Vaccination in Bombay 1913-1923 - 1913-1923
Year: 1913
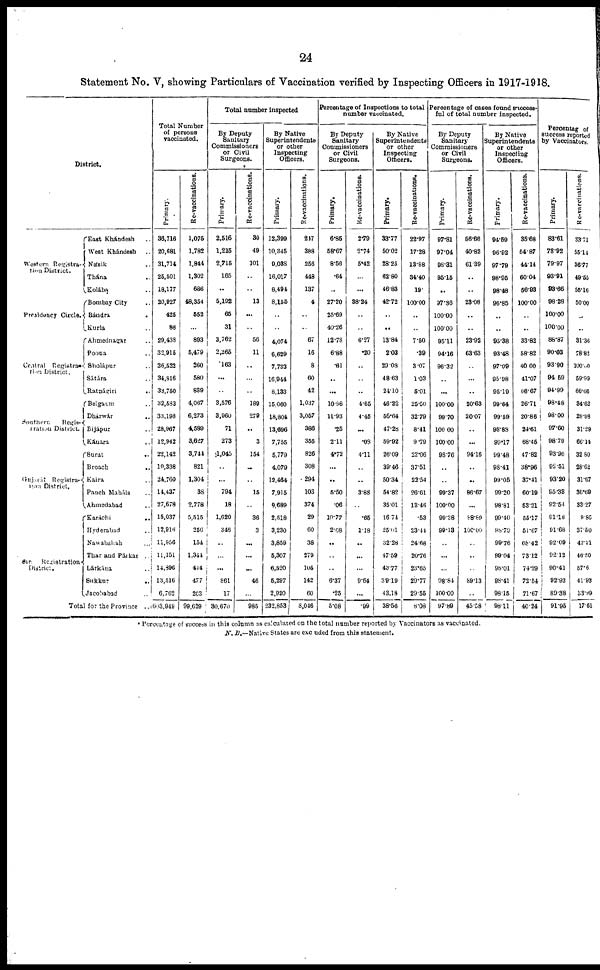
24
Statement No. V, showing Particulars of Vaccination verified by Inspecting Officers in 1917-1918.
District.
Western Registra¬
tion District.
Presidency Circle.
Central Registra¬
tion District.
Southern
Regis¬
tration District.
Gujarát Registra¬
tion
District.
Sind Registration
District.
East Khándesh ...
West Khándesh ...
Násik ..
Thána ..
Kolába ..
Bombay City ..
Bándra ..
Kurla ..
Ahmednagar ..
Poona ..
Sholápur ..
Sátára ..
Ratnágiri
..
Belgaum ..
Dhárwar
..
Bijápur ..
Kánara ..
Surat ..
Broach
..
Kaira ..
Panch Maháls
Ahmedabad ..
Karáchi ..
Hyderabad ..
Nawabshah ...
Thar and Párkar ..
Lárkána ..
Sukkur ..
Jacobabad ..
Total for the Province ..
Total Number
of persons
vaccinated.
Primary.
36,716
20,681
31,714
26,501
18,177
20,927
425
88
29,438
32,915
26,522
34,816
33,750
32,583
33,198
28,967
12,942
22,142
10,338
24,760
14,437
27,678
15,037
12,916
11,956
11,151
14,896
13,516
6,762
603,949
Re-vaccinations.
1,075
1,782
1,844
1,302
686
48,354
552
..
893
5,479
260
580
839
4,067
6,273
4,589
3,627
3,744
821
1,304
38
2,778
5,515
256
154
1,344
444
477
203
99,629
Total number inspected
By Deputy
Sanitary
Commissioners
or Civil
Surgeons.
Primary.
2,516
1,215
2,715
165
..
5,192
65
31
3,762
2,265
163
...
..
3,576
3,960
71
273
1,045
..
...
794
18
1,620
346
..
...
...
861
17
30,670
Re-vaccinations.
30
49
101
...
..
13
...
..
56
11
..
..
..
189
279
..
3
154
..
..
15
..
36
3
...
...
...
46
...
985
By Native
Superintendents
or other
Inspecting
Officers.
Primary.
12,399
10,345
9,038
16,017
8,494
8,155
..
..
4,074
6,629
7,733
16,944
8,133
15,060
18,804
13,696
7,755
5,779
4,079
12,464
7,915
9,689
2,518
3,230
3,859
5,307
6,520
5,297
2,920
232,853
Re-vaccinations.
247
388
256
448
137
4
..
..
67
16
8
60
42
1,037
3,057
386
355
826
308
294
103
374
29
60
38
279
105
142
60
8,046
Percentage of Inspections to total
number vaccinated.
By Deputy
Sanitary
Commissioners
or Civil
Surgeons.
Primary.
6.85
58.67
8·56
.64
..
27.20
25·69
40.26
12.78
6.88
.61
..
...
10.98
11.93
.25
211
4·72
...
..
5.50
.06
10.77
2.68
..
..
..
6.37
.25
5.08
Re-vaccinations.
2.79
2.74
5·42
...
...
38.24
..
..
6.27
.20
..
..
..
4.65
4.45
...
.08
4.11
..
..
3.88
..
.65
1.18
..
...
...
9.64
...
.99
By Native
Superintendents
or other
Inspecting
Officers.
Primary.
33.77
50.02
28.25
62.80
46.83
42·72
..
..
13.84
2.03
29.08
48.63
24.10
46.22
56.64
47.28
59.92
26.09
39.46
50.34
54.82
35.01
16.74
25.01
32.28
47.59
43.77
39.19
43.18
38.56
Re-vaccinations.
22.97
17.28
13.88
34.40
19.
100.00
..
..
7.50
.39
3.07
1.03
5.01
25.50
32.79
8.41
9.79
22.06
37.51
22.54
26.61
13.46
.53
23.44
24.68
20.76
23.65
29.77
29.55
8.08
Percentage of cases found success-
ful of total number inspected.
By Deputy
Sanitary
Commissioners
or Civil
Surgeons.
Primary.
97.81
97.04
98.31
95.15
..
97.36
100.00
100.00
95.11
94.16
96.32
..
...
100.00
99.70
100.00
100.00
98.76
..
..
99.37
100.00
99.38
99.13
..
...
...
98.84
100.00
97.89
Re-vaccinations.
56.66
40.82
61.39
..
..
23.08
..
..
23.92
63.63
..
...
..
20.63
20.07
..
..
94.16
..
..
86.67
...
88.89
100.00
..
..
..
89.13
..
45.58
By Native
Superintendents
or other
Inspecting
Officers.
primary.
94.59
96.92
97.79
98.95
98.48
96.85
..
..
95.38
93.48
97.09
95.98
95.19
99.64
99.59
98.88
99·17
99.48
98.41
99.05
99.20
98.81
99.40
98.79
99.76
99.04
98.01
98.41
98.15
98.11
Re-vaccinations.
35.68
54.87
44.14
60.04
56.93
100.00
..
..
33.82
58.82
40.00
41.07
66.67
26.71
20.86
24.61
68.45
47.82
38.96
37.41
60.19
53.21
55.17
51.67
68.42
73.12
74.29
72.54
71.67
40.24
Percentag of
success reported
by Vaccinators.
Primary.
83.61
78.92
79.97
93.91
93.66
98.28
100.00
100.00
88.87
90.03
93.90
94.69
94.99
98·48
98.00
97.60
98.79
93.96
92.51
93.20
95.33
92.54
91.18
91.68
92.09
92.12
90.41
92.93
89.38
91.95
Re-vaccinations.
33.71
55.14
36.77
49.55
55.16
50.00
..
..
31.36
78.82
100.00
59.99
66.66
34.62
28.98
31.29
66.14
32.80
28.62
31.67
36.69
33.27
9.86
37.50
42.21
46.50
57.6
41.93
33.99
17.61
* Percentage of success in this column as calculated on the total number reported by Vaccinators as vaccinated.
N. B.—Native States are excluded from this statement.